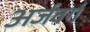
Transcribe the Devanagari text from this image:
अर्जवर्ग